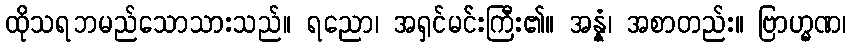
ထိုသရဘမည်သောသားသည်။ ရညော၊ အရှင်မင်းကြီး၏။ အန္နံ၊ အစာတည်း။ ဗြာဟ္မဏ၊